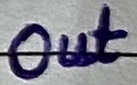
Text: Out